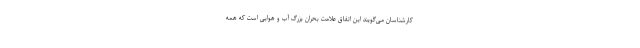
کارشناسان می‌گویند این اتفاق علامت بحران بزرگ آب و هوایی است که همه